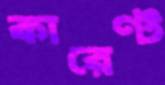
কারেণ্ট